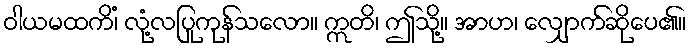
ဝါယမထကိံ၊ လုံ့လပြုကုန်သလော။ ဣတိ၊ ဤသို့။ အာဟ၊ လျှောက်ဆိုပေ၏။